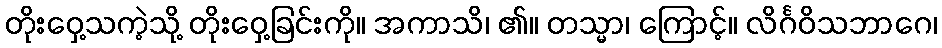
တိုးဝှေ့သကဲ့သို့ တိုးဝှေ့ခြင်းကို။ အကာသိ၊ ၏။ တသ္မာ၊ ကြောင့်။ လိင်္ဂဝိသဘာဂေ၊